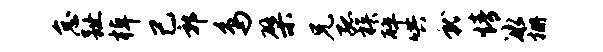
怠趾棹己郭鸟檗兄孤族碎哄就情冰栅